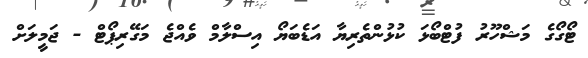
ޓޯގޯގެ މަޝްހޫރު ފުޓްބޯޅަ ކުޅުންތެރިޔާ އަޑެބަޔޯ އިސްލާމް ވެއްޖެ މަގޭރިޕޯޓް - ޖަމީލަށް